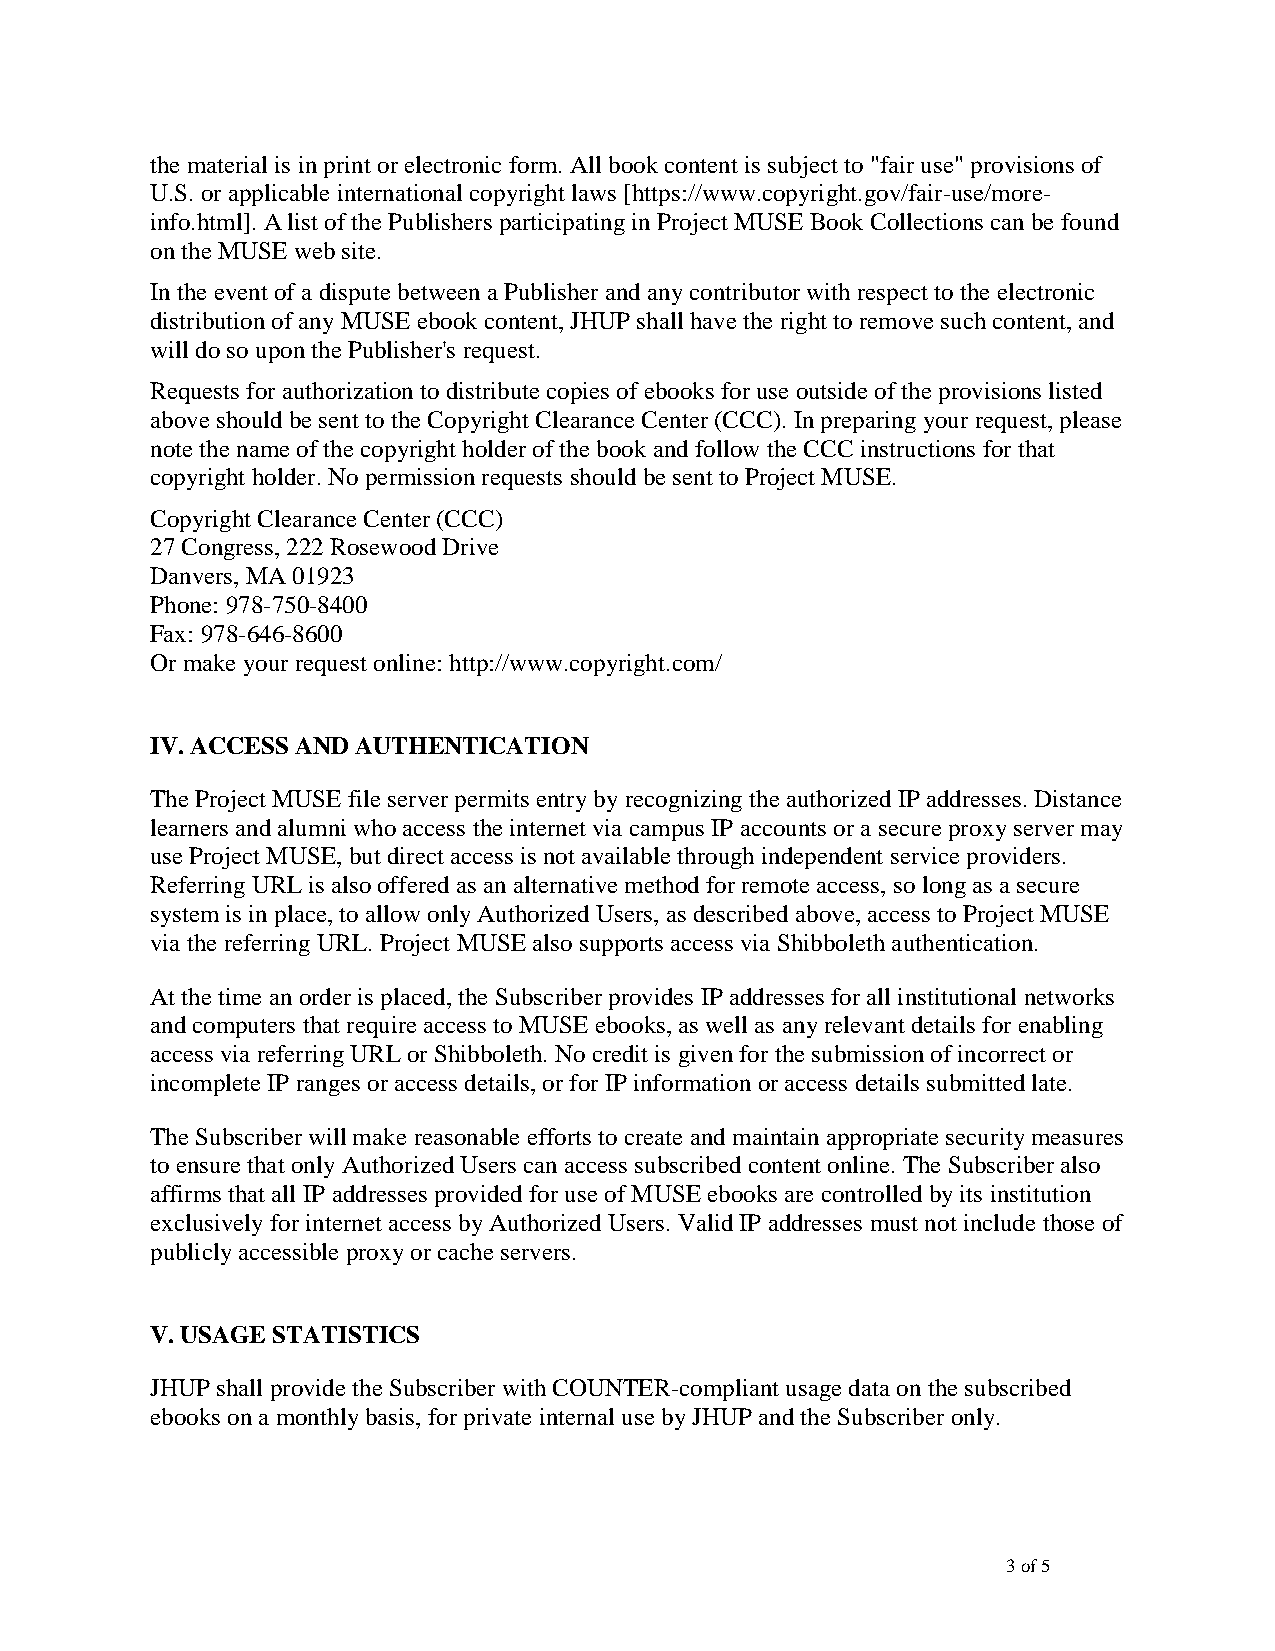
the material is in print or electronic form. All book content is subject to "fair use" provisions of
 U.S. or applicable international copyright laws [https://www.copyright.gov/fair-use/more-
 info.html]. A list of the Publishers participating in Project MUSE Book Collections can be found
 on the MUSE web site.
 In the event of a dispute between a Publisher and any contributor with respect to the electronic
 distribution of any MUSE ebook content, JHUP shall have the right to remove such content, and
 will do so upon the Publisher's request.
 Requests for authorization to distribute copies of ebooks for use outside of the provisions listed
 above should be sent to the Copyright Clearance Center (CCC). In preparing your request, please
 note the name of the copyright holder of the book and follow the CCC instructions for that
 copyright holder. No permission requests should be sent to Project MUSE.
 Copyright Clearance Center (CCC)
 27 Congress, 222 Rosewood Drive
 Danvers, MA 01923
 Phone: 978-750-8400
 Fax: 978-646-8600
 Or make your request online: http://www.copyright.com/
 IV. ACCESS AND AUTHENTICATION
 The Project MUSE file server permits entry by recognizing the authorized IP addresses. Distance
 learners and alumni who access the internet via campus IP accounts or a secure proxy server may
 use Project MUSE, but direct access is not available through independent service providers.
 Referring URL is also offered as an alternative method for remote access, so long as a secure
 system is in place, to allow only Authorized Users, as described above, access to Project MUSE
 via the referring URL. Project MUSE also supports access via Shibboleth authentication.
 At the time an order is placed, the Subscriber provides IP addresses for all institutional networks
 and computers that require access to MUSE ebooks, as well as any relevant details for enabling
 access via referring URL or Shibboleth. No credit is given for the submission of incorrect or
 incomplete IP ranges or access details, or for IP information or access details submitted late.
 The Subscriber will make reasonable efforts to create and maintain appropriate security measures
 to ensure that only Authorized Users can access subscribed content online. The Subscriber also
 affirms that all IP addresses provided for use of MUSE ebooks are controlled by its institution
 exclusively for internet access by Authorized Users. Valid IP addresses must not include those of
 publicly accessible proxy or cache servers.
 V. USAGE STATISTICS
 JHUP shall provide the Subscriber with COUNTER-compliant usage data on the subscribed
 ebooks on a monthly basis, for private internal use by JHUP and the Subscriber only.
 3 of 5